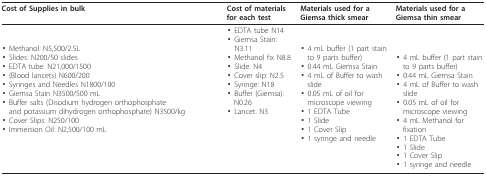
| Cost of Supplies in bulk | Cost of materials for each test | Materials used for a Giemsa thick smear | Materials used for a Giemsa thin smear |
 | --- | --- | --- | --- |
 | ▪ Methanol: N5,500/2.5L▪ Slides: N200/50 slides▪ EDTA tube: N21,000/1500▪ (Blood lancets) N600/200▪ Syringes and Needles N1800/100▪ Giemsa Stain N3500/500 mL▪ Buffer salts (Disodium hydrogen orthophosphate and potassium dihydrogen orthophosphate) N3500/kg▪ Cover Slips: N250/100▪ Immersion Oil: N2,500/100 mL | ▪ EDTA tube N14▪ Giemsa Stain: N3.11▪ Methanol fix N8.8▪ Slide: N4▪ Cover slip: N2.5▪ Syringe: N18▪ Buffer (Giemsa): N0.26▪ Lancet: N3 | ▪ 4 mL buffer (1 part stain to 9 parts buffer)▪ 0.44 mL Giemsa Stain▪ 4 mL of Buffer to wash slide▪ 0.05 mL of oil for microscope viewing▪ 1 EDTA Tube▪ 1 Slide▪ 1 Cover Slip▪ 1 syringe and needle | ▪ 4 mL buffer (1 part stain to 9 parts buffer)▪ 0.44 mL Giemsa Stain▪ 4 mL of Buffer to wash slide▪ 0.05 mL of oil for microscope viewing▪ 4 mL Methanol for fixation▪ 1 EDTA Tube▪ 1 Slide▪ 1 Cover Slip▪ 1 syringe and needle |